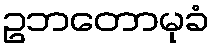
ဥဘတောမုခံ